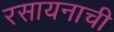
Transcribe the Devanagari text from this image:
रसायनाची